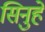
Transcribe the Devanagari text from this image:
सिनुहे